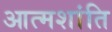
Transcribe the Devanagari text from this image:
आत्मशांति